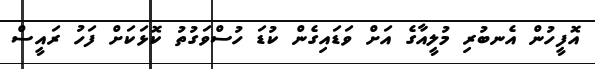
އޮފީހުން އެނބުރި މުލީއާގެ އަށް ވަޑައިގެން ކުޑަ ހުސްވަގުތު ކޮޅަކަށް ފަހު ރައީސް